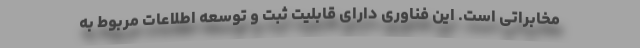
مخابراتی است. این فناوری دارای قابلیت ثبت و توسعه اطلاعات مربوط به